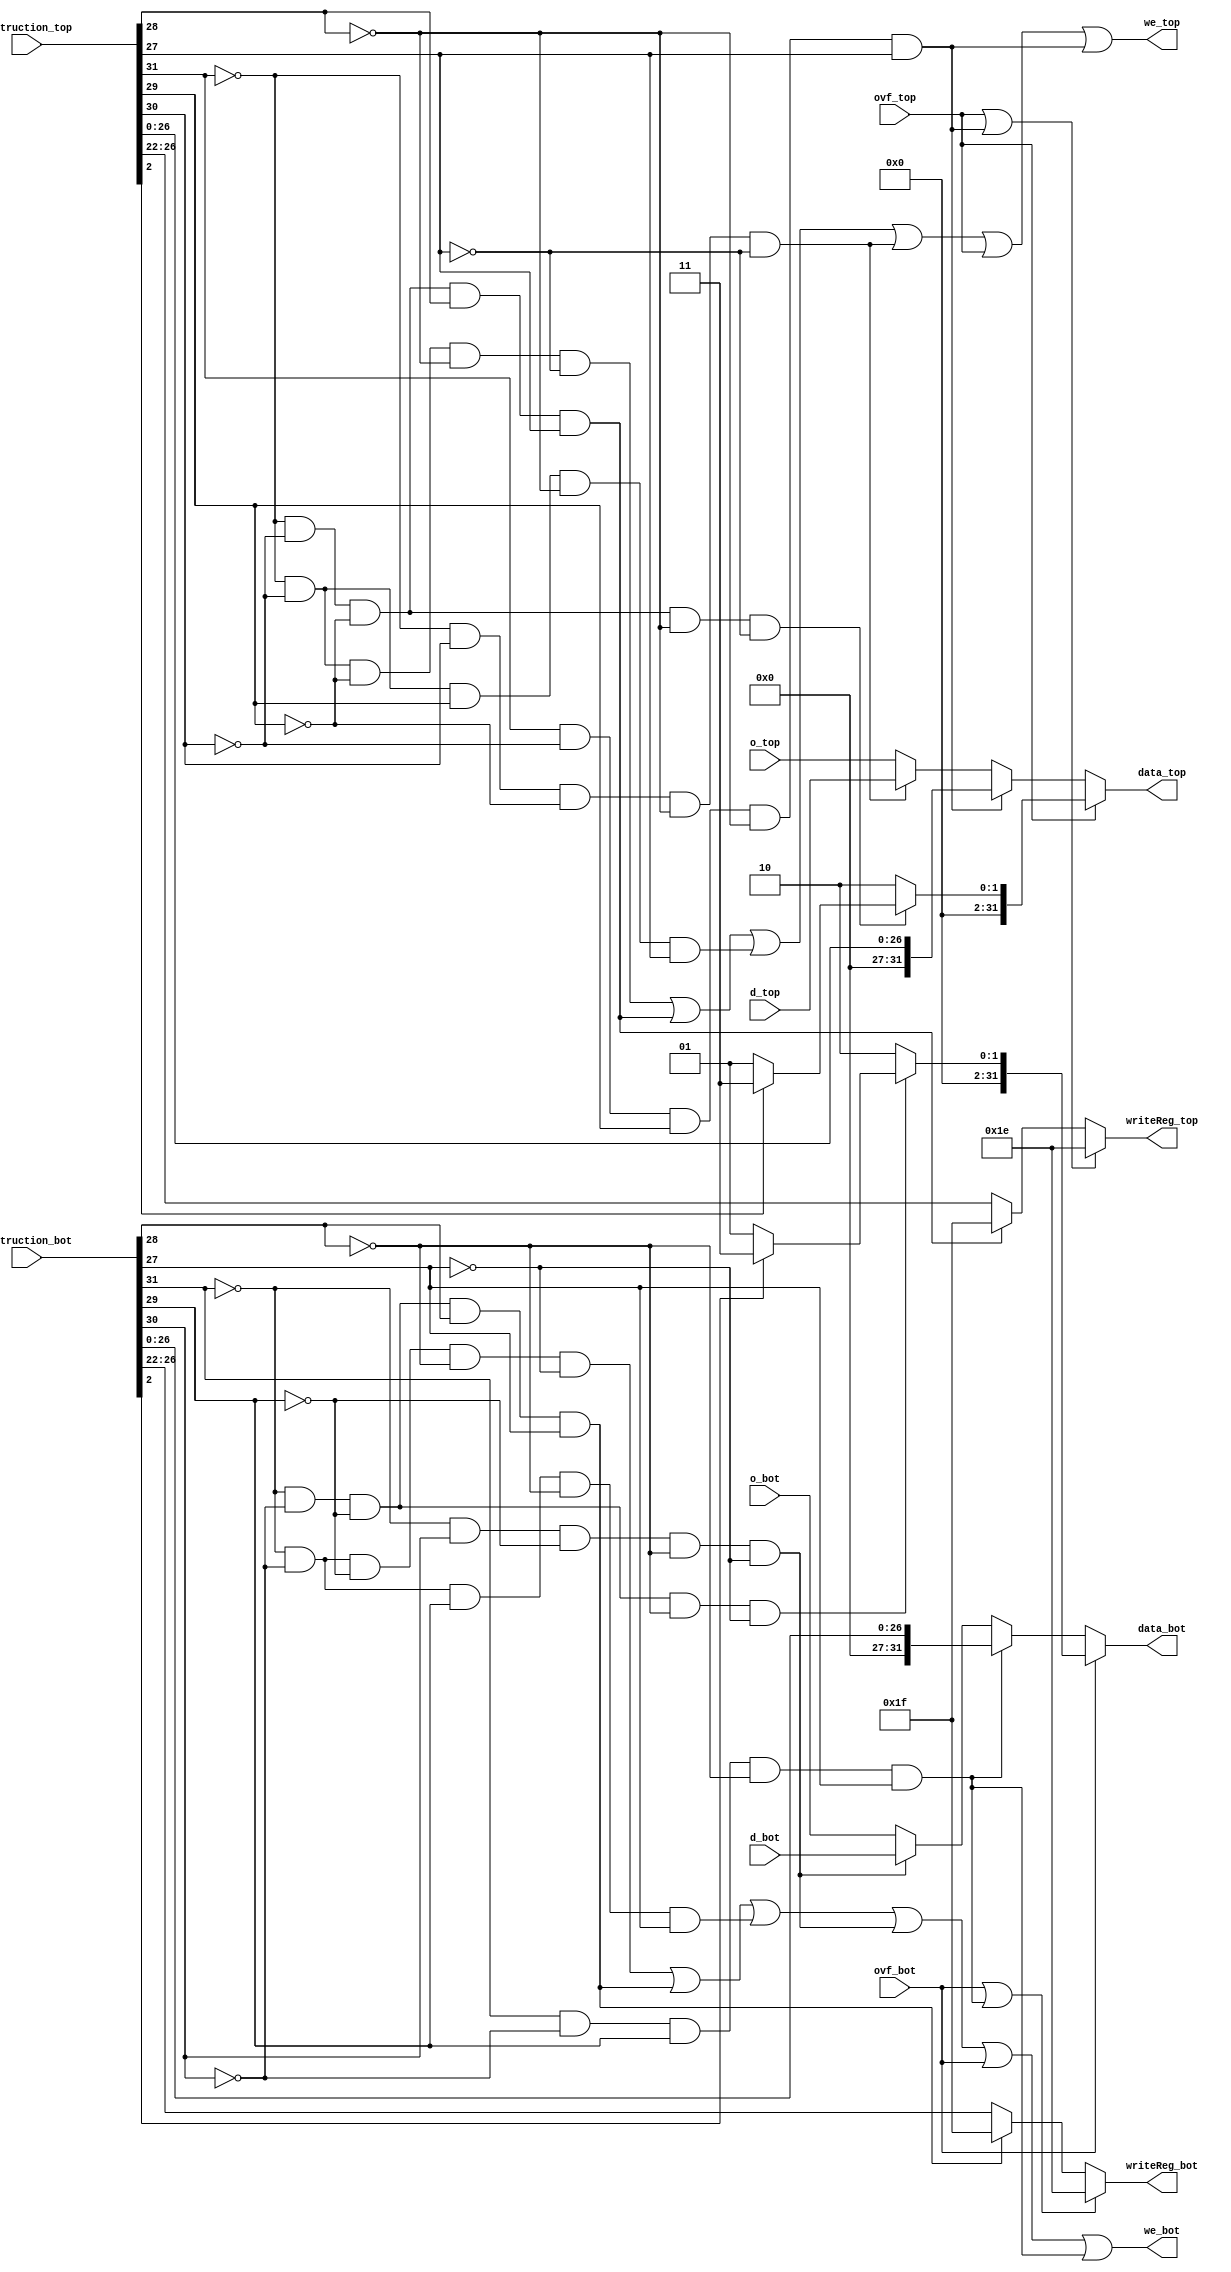
module mwDecoder(o_top,d_top,instruction_top,data_top,writeReg_top,we_top,ovf_top,
					  o_bot,d_bot,instruction_bot,data_bot,writeReg_bot,we_bot,ovf_bot);

input ovf_top;
input[31:0]o_top,d_top,instruction_top;
output[31:0] data_top;
output[4:0] writeReg_top;
output we_top;

wire isLW_top,isR_top,isJal_top,isSetX_top;
wire [31:0]data_top_normal,data_top_normal_setx,one,two,three,exceptionOut_top,data_topSetX;
wire [4:0]writeReg_top_normal;
assign isLW_top=~instruction_top[31]&&instruction_top[30]&&~instruction_top[29]&&~instruction_top[28]&&~instruction_top[27];

assign isJal_top=(~instruction_top[31]&~instruction_top[30]&~instruction_top[29]&instruction_top[28]&instruction_top[27]);

assign isSetX_top=(instruction_top[31]&~instruction_top[30]&instruction_top[29]&~instruction_top[28]&instruction_top[27]);

assign data_topSetX[31:27]={5{1'b0}};
assign data_topSetX[26:0]=instruction_top[26:0];

wire [4:0]r30_top;

assign r30_top[4:1]={4{1'b1}};
assign r30_top[0]=1'b0;

assign data_top_normal= isLW_top ?d_top :o_top;
assign data_top_normal_setx = isSetX_top ? data_topSetX : data_top_normal;
assign writeReg_top_normal=isJal_top? {5{1'b1}} :instruction_top[26:22];

assign one[31:1]={31{1'b0}};
assign one[0]=1'b1;
assign two[31:2]={30{1'b0}};
assign two[1]=1'b1;
assign two[0]=1'b0;
assign three[31:2]={30{1'b0}};
assign three[1:0]={2{1'b1}};

wire[31:0]eA_top,eB_top;
assign eA_top=(~instruction_top[2]) ? one :three;
assign eB_top= (~instruction_top[31]&~instruction_top[30]&~instruction_top[29]&~instruction_top[28]&~instruction_top[27]) ? eA_top : two;





assign data_top = ovf_top ? eB_top : data_top_normal_setx;
assign writeReg_top = (ovf_top|isSetX_top) ? r30_top :writeReg_top_normal;

assign isR_top=~instruction_top[31]&& ~instruction_top[30]&& ~instruction_top[29]&& ~instruction_top[28]&& ~instruction_top[27];
assign we_top=isR_top|isJal_top| (~instruction_top[31]&& ~instruction_top[30]&& instruction_top[29]&& ~instruction_top[28]&& instruction_top[27])|isLW_top|ovf_top|isSetX_top;

//bot
input ovf_bot;
input[31:0]o_bot,d_bot,instruction_bot;
output[31:0] data_bot;
output[4:0] writeReg_bot;
output we_bot;

wire isLW_bot,isR_bot,isJal_bot,isSetX_bot;
wire [31:0]data_bot_normal,data_bot_normal_setx,exceptionOut_bot,data_botSetX;
wire [4:0]writeReg_bot_normal;
assign isLW_bot=~instruction_bot[31]&&instruction_bot[30]&&~instruction_bot[29]&&~instruction_bot[28]&&~instruction_bot[27];

assign isJal_bot=(~instruction_bot[31]&~instruction_bot[30]&~instruction_bot[29]&instruction_bot[28]&instruction_bot[27]);

assign isSetX_bot=(instruction_bot[31]&~instruction_bot[30]&instruction_bot[29]&~instruction_bot[28]&instruction_bot[27]);

assign data_botSetX[31:27]={5{1'b0}};
assign data_botSetX[26:0]=instruction_bot[26:0];

wire [4:0]r30_bot;

assign r30_bot[4:1]={4{1'b1}};
assign r30_bot[0]=1'b0;

assign data_bot_normal= isLW_bot ?d_bot :o_bot;
assign data_bot_normal_setx = isSetX_bot ? data_botSetX : data_bot_normal;
assign writeReg_bot_normal=isJal_bot? {5{1'b1}} :instruction_bot[26:22];


wire[31:0]eA_bot,eB_bot;
assign eA_bot=(~instruction_bot[2]) ? one :three;
assign eB_bot= (~instruction_bot[31]&~instruction_bot[30]&~instruction_bot[29]&~instruction_bot[28]&~instruction_bot[27]) ? eA_bot : two;





assign data_bot = ovf_bot ? eB_bot : data_bot_normal_setx;
assign writeReg_bot = (ovf_bot|isSetX_bot) ? r30_bot :writeReg_bot_normal;

assign isR_bot=~instruction_bot[31]&& ~instruction_bot[30]&& ~instruction_bot[29]&& ~instruction_bot[28]&& ~instruction_bot[27];
assign we_bot=isR_bot|isJal_bot| (~instruction_bot[31]&& ~instruction_bot[30]&& instruction_bot[29]&& ~instruction_bot[28]&& instruction_bot[27])|isLW_bot|ovf_bot|isSetX_bot;




endmodule